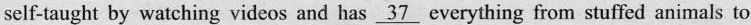
self-taught by watching videos and has \underline{37} everything from stuffed animals to